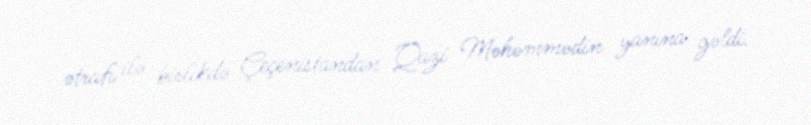
ətrafı ilə birlikdə Çeçenistandan Qazi Məhəmmədin yanına gəldi.